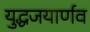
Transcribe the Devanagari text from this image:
युद्धजयार्णव